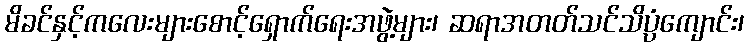
မိခင်နှင့်ကလေးများစောင့်ရှောက်ရေးအဖွဲ့များ၊ ဆရာအတတ်သင်သိပ္ပံကျောင်း၊